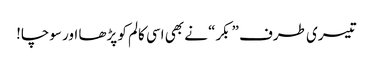
تیسری طرف ”بکر“ نے بھی اسی کالم کو پڑھا اور سوچا!